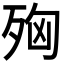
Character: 𭮌